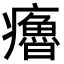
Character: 𤻼